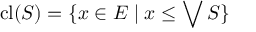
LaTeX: \operatorname { c l } ( S ) = \{ x \in E \mid x \leq \bigvee S \}